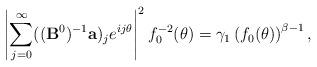
LaTeX: \begin{align*} \left|\sum\limits_{j=0}^{\infty}((\bold{B}^0)^{-1}\bold{a})_je^{ij\theta} \right|^2f_0^{-2}(\theta)= \gamma_1 \left(f_0(\theta)\right)^{\beta - 1},\end{align*}